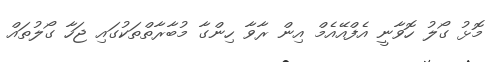
މޮޅު ގޯލު ހޮވާނީ އެފްއޭއެމް އިން ރާވާ ހިންގާ މުބާރާތްތަކުގައި ޖަހާ ގޯލުތައް